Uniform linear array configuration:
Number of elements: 4
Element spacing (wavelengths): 0.5
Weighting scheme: uniform
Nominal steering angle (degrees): -45
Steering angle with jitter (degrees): -44.526
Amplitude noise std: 0.05
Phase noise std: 0.05

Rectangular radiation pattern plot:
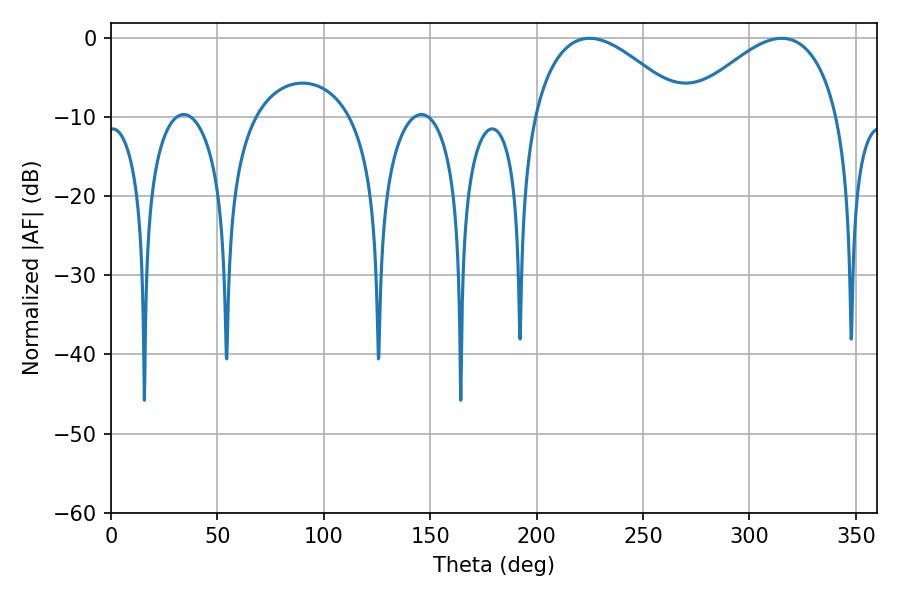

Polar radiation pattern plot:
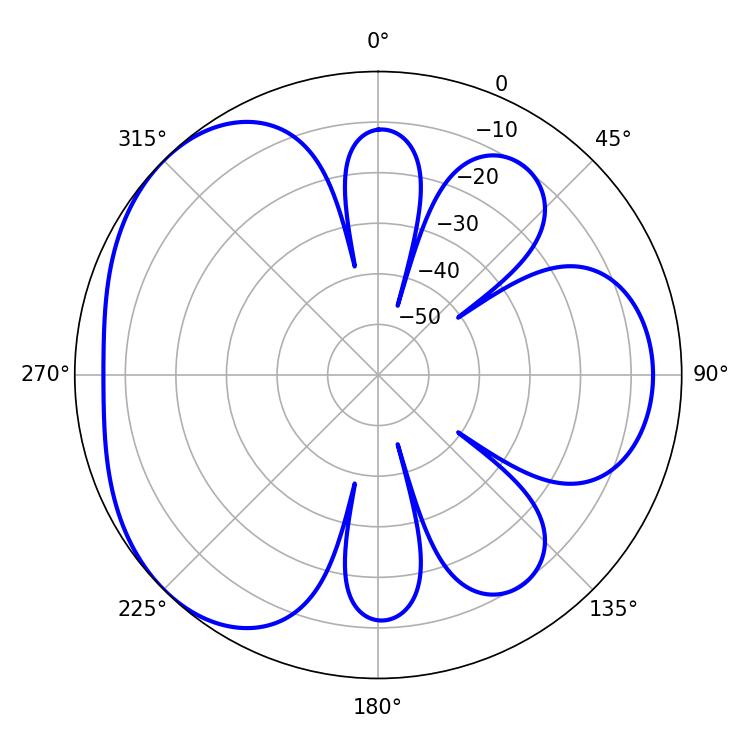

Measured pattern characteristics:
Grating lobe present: FALSE
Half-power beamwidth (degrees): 39.42
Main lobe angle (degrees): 224.82